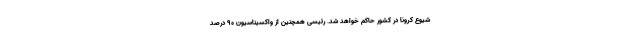
شیوع کرونا در کشور حاکم خواهد شد. رئیسی همچنین از واکسیناسیون ۹۰ درصد